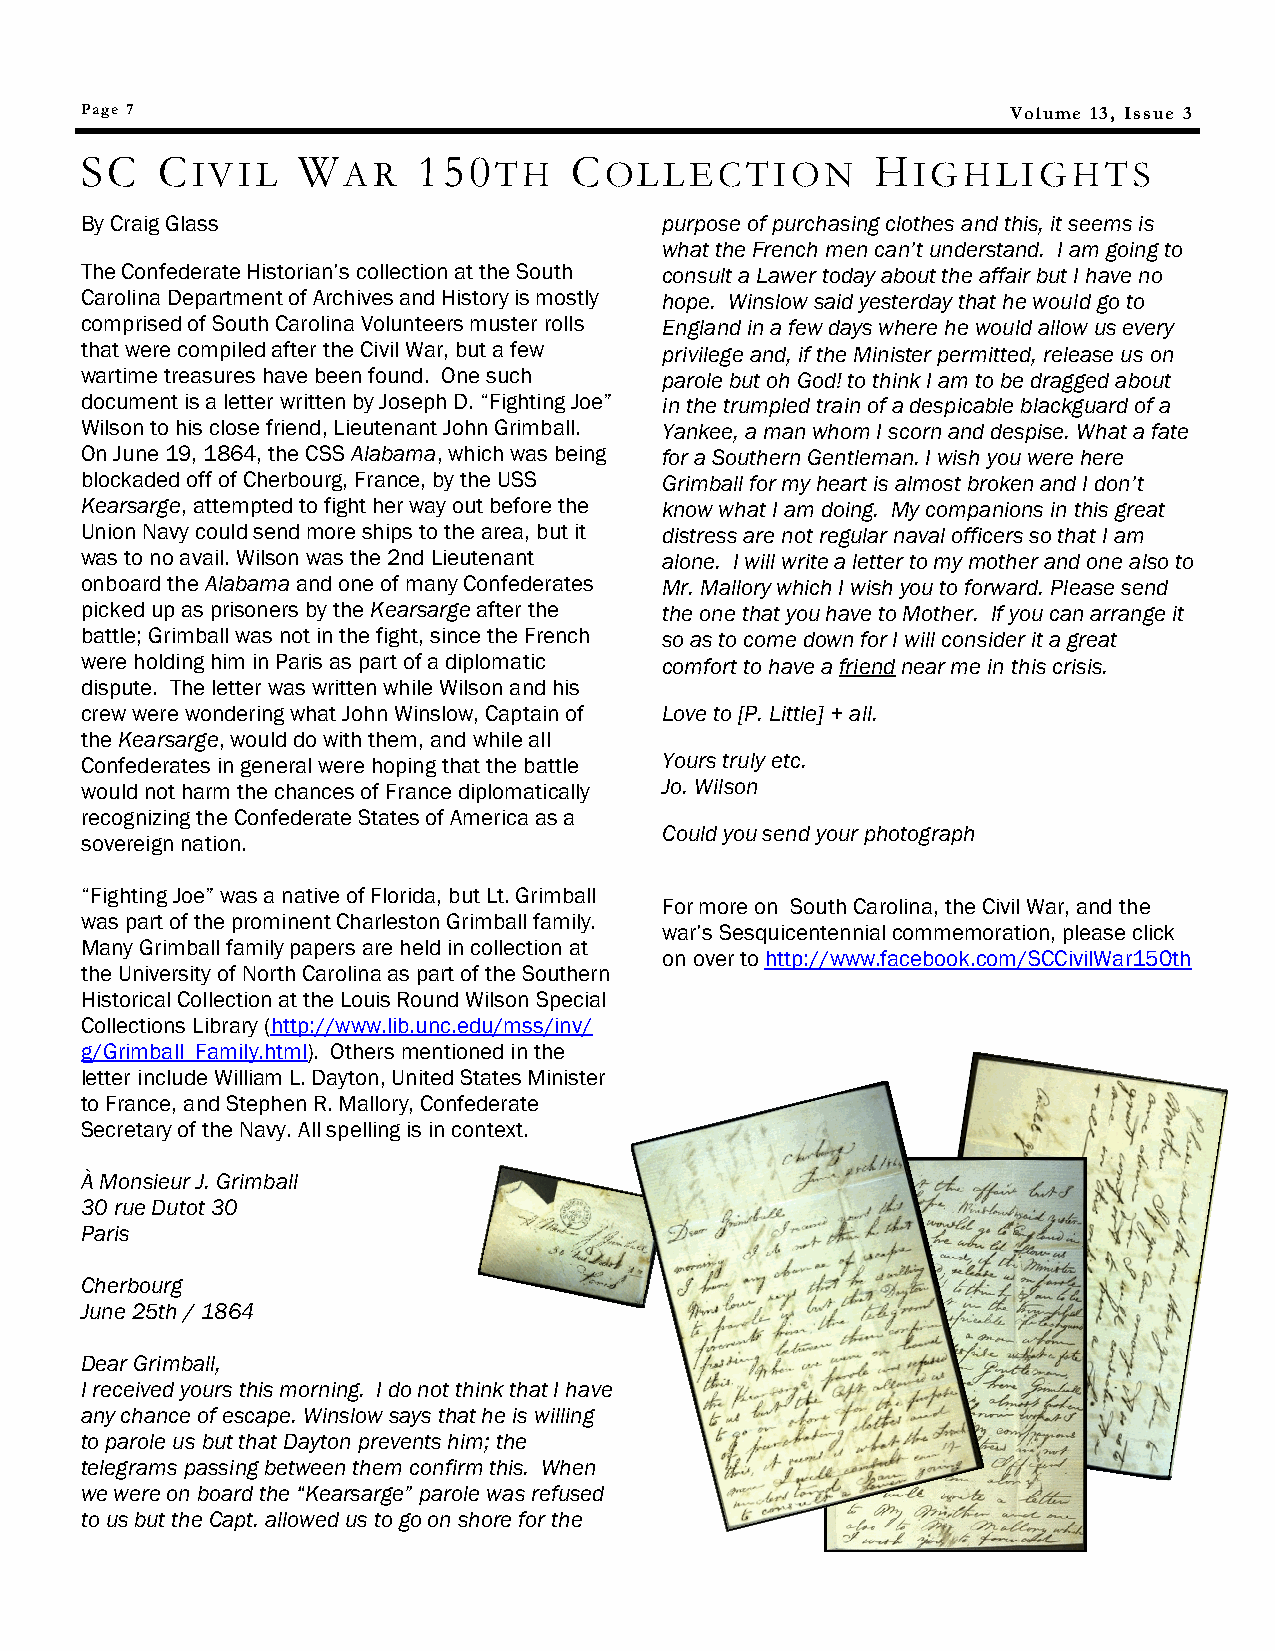
Page 7                                                        Volume 13, Issue 3
 SC   C         W       150       C                   H
 IVIL      AR        TH     OLLECTION           IGHLIGHTS
 By Craig Glass                         purpose of purchasing clothes and this, it seems is
 what the French men can’t understand. I am going to
 The Confederate Historian‘s collection at the South consult a Lawer today about the affair but I have no
 Carolina Department of Archives and History is mostly hope. Winslow said yesterday that he would go to
 comprised of South Carolina Volunteers muster rolls England in a few days where he would allow us every
 that were compiled after the Civil War, but a few privilege and, if the Minister permitted, release us on
 wartime treasures have been found. One such parole but oh God! to think I am to be dragged about
 document is a letter written by Joseph D. ―Fighting Joe‖ in the trumpled train of a despicable blackguard of a
 Wilson to his close friend, Lieutenant John Grimball. Yankee, a man whom I scorn and despise. What a fate
 On June 19, 1864, the CSS Alabama, which was being for a Southern Gentleman. I wish you were here
 blockaded off of Cherbourg, France, by the USS Grimball for my heart is almost broken and I don’t
 Kearsarge, attempted to fight her way out before the know what I am doing. My companions in this great
 Union Navy could send more ships to the area, but it distress are not regular naval officers so that I am
 was to no avail. Wilson was the 2nd Lieutenant alone. I will write a letter to my mother and one also to
 onboard the Alabama and one of many Confederates Mr. Mallory which I wish you to forward. Please send
 picked up as prisoners by the Kearsarge after the the one that you have to Mother. If you can arrange it
 battle; Grimball was not in the fight, since the French so as to come down for I will consider it a great
 were holding him in Paris as part of a diplomatic comfort to have a friend near me in this crisis.
 dispute. The letter was written while Wilson and his
 crew were wondering what John Winslow, Captain of Love to [P. Little] + all.
 the Kearsarge, would do with them, and while all
 Confederates in general were hoping that the battle Yours truly etc.
 would not harm the chances of France diplomatically Jo. Wilson
 recognizing the Confederate States of America as a
 Could you send your photograph
 sovereign nation.
 ―Fighting Joe‖ was a native of Florida, but Lt. Grimball
 For more on South Carolina, the Civil War, and the
 was part of the prominent Charleston Grimball family.
 war‘s Sesquicentennial commemoration, please click
 Many Grimball family papers are held in collection at
 on over to http://www.facebook.com/SCCivilWar150th
 the University of North Carolina as part of the Southern
 Historical Collection at the Louis Round Wilson Special
 Collections Library (http://www.lib.unc.edu/mss/inv/
 g/Grimball_Family.html). Others mentioned in the
 letter include William L. Dayton, United States Minister
 to France, and Stephen R. Mallory, Confederate
 Secretary of the Navy. All spelling is in context.
 À Monsieur J. Grimball
 30 rue Dutot 30
 Paris
 Cherbourg
 June 25th / 1864
 Dear Grimball,
 I received yours this morning. I do not think that I have
 any chance of escape. Winslow says that he is willing
 to parole us but that Dayton prevents him; the
 telegrams passing between them confirm this. When
 we were on board the “Kearsarge” parole was refused
 to us but the Capt. allowed us to go on shore for the